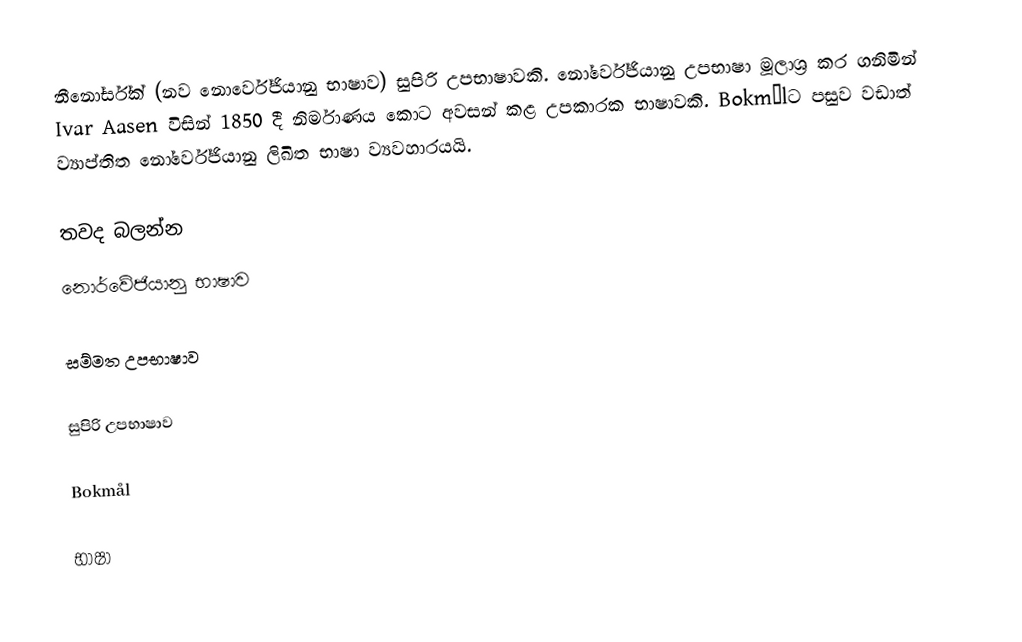
නීනෝර්ස්ක් (නව නොර්වේජියානු භාෂාව) සුපිරි උපභාෂාවකි. නෝර්වේජියානු උපභාෂා මූලාශ්‍ර කර ගනිමින් Ivar Aasen විසින් 1850 දී නිර්මාණය කොට අවසන් කළ උපකාරක භාෂාවකි.  Bokmålට පසුව වඩාත් ව්‍යාප්තිත නෝර්වේජියානු ලිඛිත භාෂා ව්‍යවහාරයයි.

තවද බලන්න​
 නොර්වේජියානු භාෂාව​

 සම්මත උපභාෂාව​

 සුපිරි උපභාෂාව

 Bokmål

භාෂා